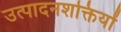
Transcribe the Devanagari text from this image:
उत्पादनशक्तियों